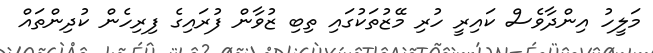
މަލީހު އިންދާވެސް ކައިރީ ހުރި މޭޒުތަކުގައި ތިބި ޒުވާން ފުރައިގެ ފިރިހެން ކުދިންތައް